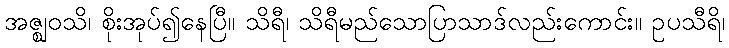
အဇ္ဈဝသိ၊ စိုးအုပ်၍နေပြီ။ သိရီ၊ သိရီမည်သောပြာသာဒ်လည်းကောင်း။ ဥပသီရိ၊